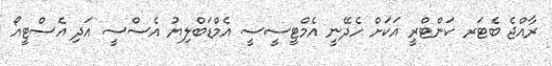
ރާއްޖެ ބެޓަރ ކަންޓްރީ އަކަށް ހެދޭނީ އެމްޓީސީސީ އެމްޑަބްލިޔު އެސްސީ އަދި އެސްޓީއޯ